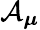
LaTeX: \mathcal{A}_{\boldsymbol{\mu}}